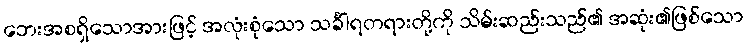
ဘေးအစရှိသောအားဖြင့် အလုံးစုံသော သင်္ခါရတရားတို့ကို သိမ်းဆည်းသည်၏ အဆုံး၏ဖြစ်သော